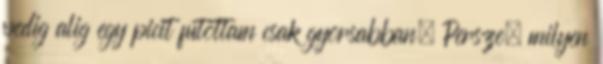
pedig alig egy picit futottam csak gyorsabban. Persze, milyen